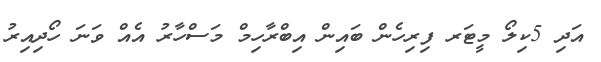
އަދި 5ކިލޯ މީޓަރ ފިރިހެން ބައިން އިބްރާހިމް މަސްހާރު އެއް ވަނަ ހޯދިއިރު